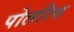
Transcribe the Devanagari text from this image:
पोलरिस